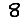
Digit: 8